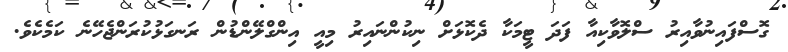
ގޮސްފައިނުވާއިރު ސްލޮވާކިއާ ފަދަ ޓީމަކާ ދެކޮޅަށް ނިކުންނައިރު މިއީ އިންގްލޭންޑުން ރަނގަޅުކުރަންޖެހޭނެ ކަމެކެވެ.